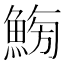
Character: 𩷸